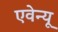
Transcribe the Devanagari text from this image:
एवेन्‍यू